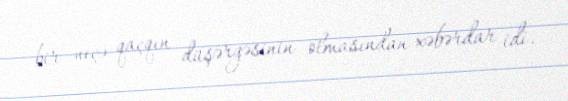
bir neçə qaçqın düşərgəsinin olmasından xəbərdar idi.